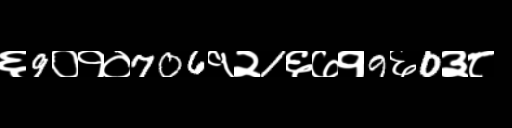
Text: ६9०१०706१२1६७१9६0३८